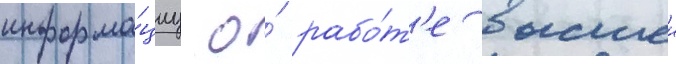
информа́циу о́ рабо́т'е высшеи